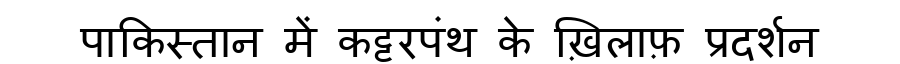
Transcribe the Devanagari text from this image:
पाकिस्तान में कट्टरपंथ के ख़िलाफ़ प्रदर्शन